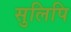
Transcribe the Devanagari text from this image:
सुलिपि